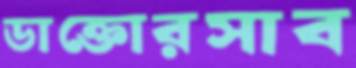
ডাক্তোরসাব